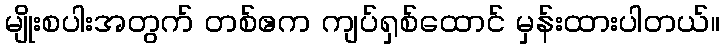
မျိုးစပါးအတွက် တစ်ဧက ကျပ်ရှစ်ထောင် မှန်းထားပါတယ်။